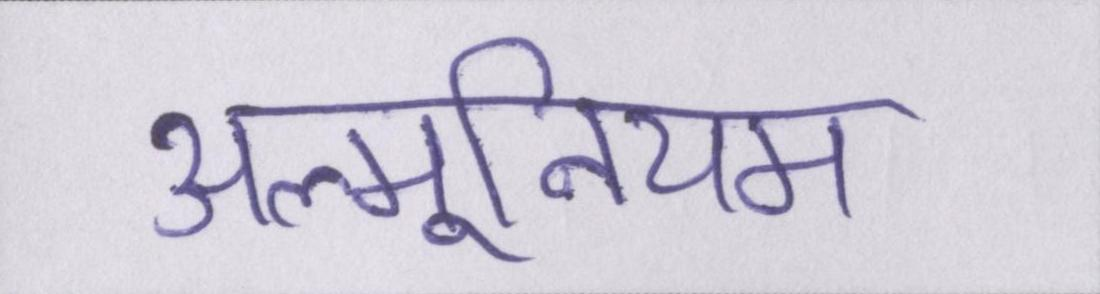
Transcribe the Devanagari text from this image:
अल्मूनियम